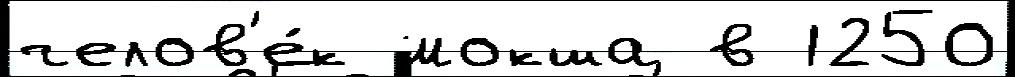
челов'е́к мокша в 1250